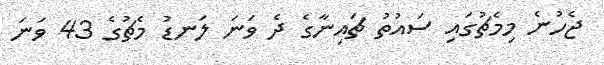
ޖެހުނެ މިމެޗުގައި ސައުތު ޗައިނާގެ ދެ ވަނަ ލަނޑު މެޗުގެ 43 ވަނަ